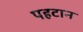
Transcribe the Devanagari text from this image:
पहटान